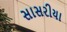
સાસરીયા